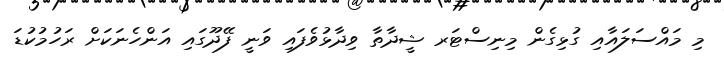
މި މައްސަލައާއި ގުޅިގެން މިނިސްޓަރ ޝީދާތާ ވިދާޅުވެފައި ވަނީ ފޭދޫގައި އަންހެނަކަށް ރަހުމުކުޑަ